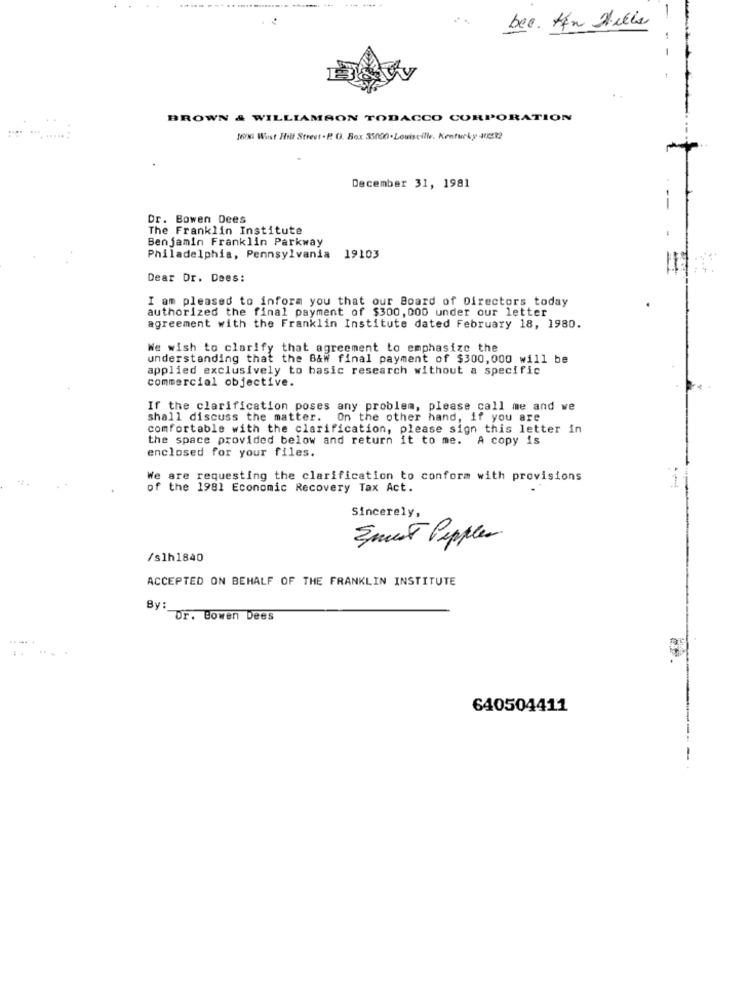
-----
--- .
bee. Han Hills
-
BROWN & WILLIAMSON TOBACCO CORPORATION
16ING Wist Hill Street-P. O. Box 35000-Louiseilk. Kentucky #222
December 31, 1981
Dr. Bowen Dees
The Franklin Institute
Benjamin Franklin Parkway
Philadelphia, Pennsylvania 19103
Dear Dr. Dees:
I am pleased to inform you that our Board of Directors today
authorized the final payment of $300, 000 under our letter
agreement with the Franklin Institute dated February 18, 1980.
We wish to clarify that agreement to emphasize the
understanding that the B&W final payment of $300,000 will be
applied exclusively to basic research without a specific
commercial objective.
If the clarification poses any problem, please call me and we
shall discuss the matter. On the other hand, if you are
comfortable with the clarification, please sign this letter in
the space provided below and return it to me. A copy is
enclosed for your files.
We are requesting the clarification to conform with provisions
of the 1981 Economic Recovery Tax Act.
Sincerely,
Smest Pepper
/slh1840
ACCEPTED ON BEHALF OF THE FRANKLIN INSTITUTE
By: Dr. Bowen Dees
640504411
----
-